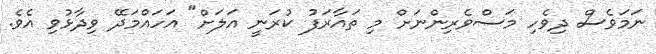
ނަމަވެސް ދިވެހި މަސްވެރިންނަށް މި ތައާރަފު ކުރަނީ އަލަށް" އަހައްމަދޭ ވިދާޅުވި އެވެ.